Civil Veterinary Dept. Bombay admin report 1932-41 - 1932-1941
Year: 1932
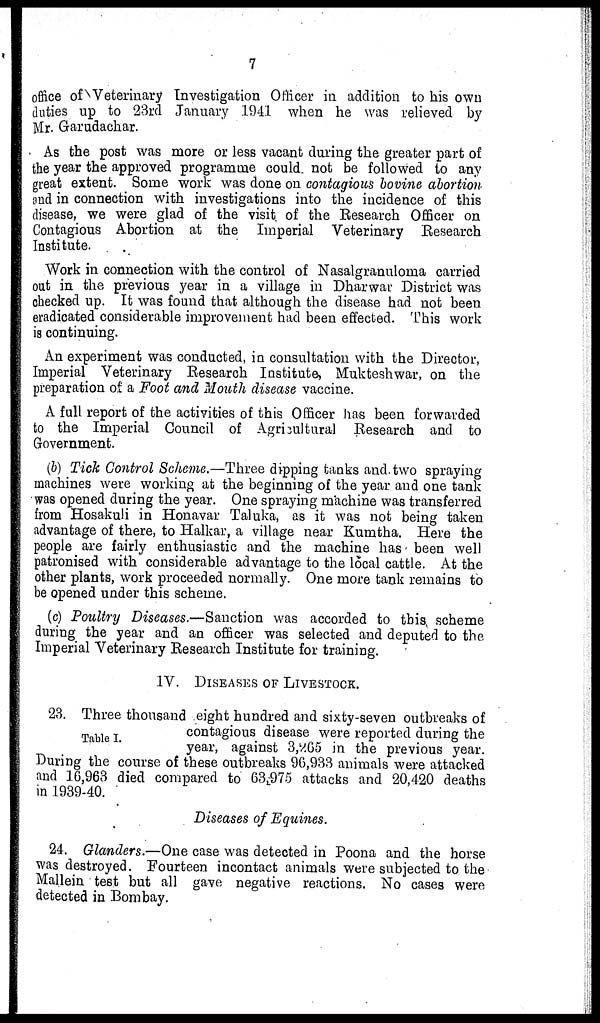
7
office of Veterinary Investigation Officer in addition to his own
duties up to 23rd January 1941 when he was relieved by
Mr. Garudachar.
As the post was more or less vacant during the greater part of
the year the approved programme could not be followed to any
great extent. Some work was done on contagious bovine abortion
and in connection with investigations into the incidence of this
disease, we were glad of the visit of the Research Officer on
Contagious Abortion at the Imperial Veterinary Research
Institute.
Work in connection with the control of Nasalgranuloma carried
out in the previous year in a village in Dharwar District was
checked up. It was found that although the disease had not been
eradicated considerable improvement had been effected. This work
is continuing.
An experiment was conducted, in consultation with the Director,
Imperial Veterinary Research Institute, Mukteshwar, on the
preparation of a Foot and Mouth disease vaccine.
A full report of the activities of this Officer has been forwarded
to the Imperial Council of Agricultural Research and to
Government.
(b) Tick Control Scheme.—Three dipping tanks and two spraying
machines were working at the beginning of the year and one tank
was opened during the year. One spraying machine was transferred
from Hosakuli in Honavar Taluka, as it was not being taken
advantage of there, to Halkar, a village near Kumtha. Here the
people are fairly enthusiastic and the machine has been well
patronised with considerable advantage to the local cattle. At the
other plants, work proceeded normally. One more tank remains to
be opened under this scheme.
(c) Poultry Diseases.—Sanction was accorded to this scheme
during the year and an officer was selected and deputed to the
Imperial Veterinary Research Institute for training.
IV. DISEASES OF LIVESTOCK.
Table I.
23. Three thousand eight hundred and sixty-seven outbreaks of
contagious disease were reported during the
year, against 3,265 in the previous year.
During the course of these outbreaks 96,933 animals were attacked
and 16,963 died compared to 63,975 attacks and 20,420 deaths
in 1939-40.
Diseases of Equines.
24. Glanders.—One case was detected in Poona and the horse
was destroyed. Fourteen incontact animals were subjected to the
Mallein test but all gave negative reactions. No cases were
detected in Bombay.